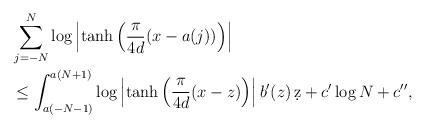
LaTeX: \begin{align*}& \sum_{j = -N}^{N} \log \left| \tanh \left( \frac{\pi}{4d} (x - a(j)) \right) \right| \\& \leq \int_{a(-N-1)}^{a(N+1)} \log \left| \tanh \left( \frac{\pi}{4d} (x - z) \right) \right| b'(z) \, \d z + c' \log N + c'', \end{align*}